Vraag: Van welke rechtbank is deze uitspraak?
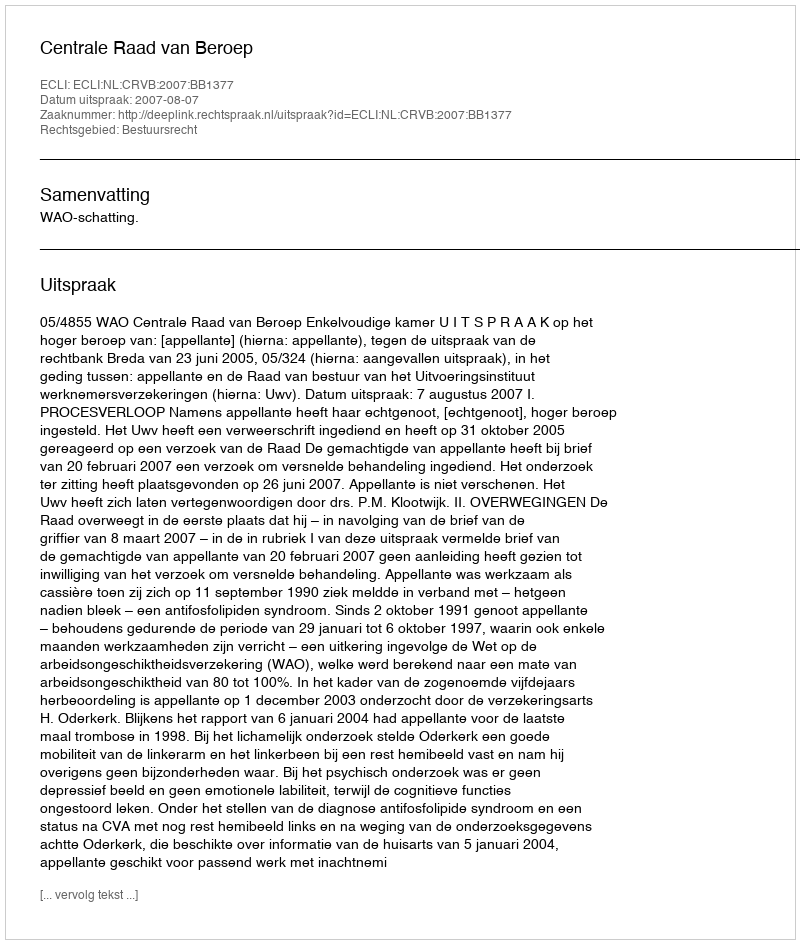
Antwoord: Centrale Raad van Beroep